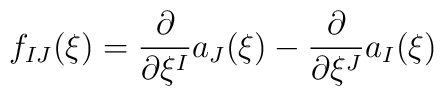
f_{IJ}(\xi)=\frac{\partial}{\partial \xi^I}a_J(\xi)-\frac{\partial}{\partial \xi^J}a_I(\xi)